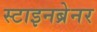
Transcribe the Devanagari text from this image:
स्टाइनब्रेनर